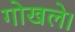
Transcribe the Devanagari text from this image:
गोखले।